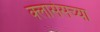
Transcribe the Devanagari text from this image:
क्लासेसच्या